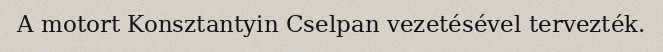
A motort Konsztantyin Cselpan vezetésével tervezték.